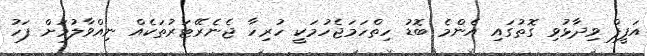
އަފީފް ވިދާޅުވި ގޮތުގައި އެންމެ ބޮޑު ހިތްހަމަޖެހުމަކީ ހުރިހާ ޖެނެރޭޓަރުތަކެއް ނިއްވާލުމަށް ފަހު